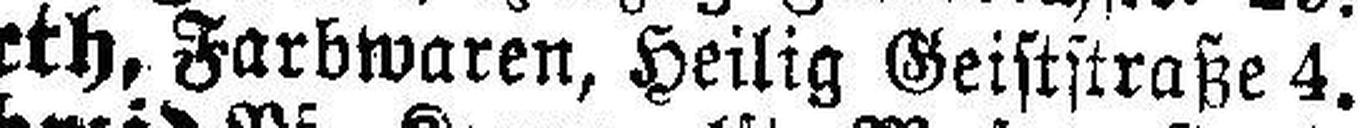
H. Kurth, Farbwaren, Heilig Geiststraße 4.